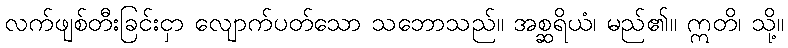
လက်ဖျစ်တီးခြင်းငှာ လျောက်ပတ်သော သဘောသည်။ အစ္ဆရိယံ၊ မည်၏။ ဣတိ၊ သို့။